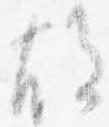
故